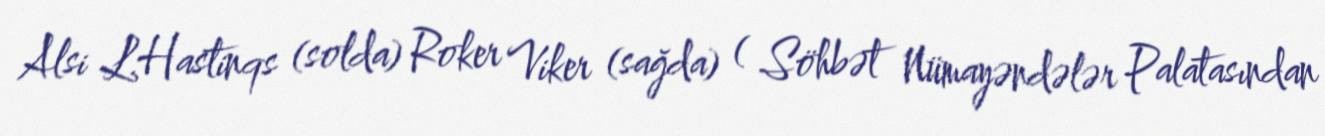
Alsi L.Hastinqs (solda) Roker Viker (sağda) ( Söhbət Nümayəndələr Palatasından